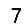
Digit: 7